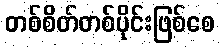
တစ်စိတ်တစ်ပိုင်းဖြစ်စေ